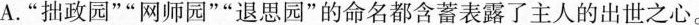
A.“拙政园”“网师园”"退思园”的命名都含蓄表露了主人的出世之心。